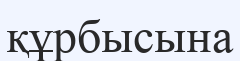
құрбысына